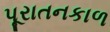
પૂરાતનકાળ